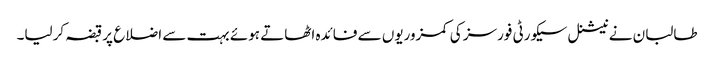
طالبان نے نیشنل سیکورٹی فورسز کی کمزوریوں سے فائدہ اٹھاتے ہوئے بہت سے اضلاع پر قبضہ کرلیا۔